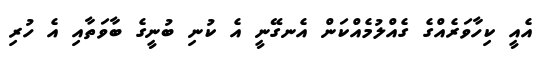
އެއީ ކިހާވަރެއްގެ ގެއްލުމެއްކަން އެނގޭނީ އެ ކުނި ބުނީގެ ބާވަތާއި އެ ހުރި